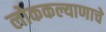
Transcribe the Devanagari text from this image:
लोककल्याणाचे